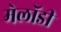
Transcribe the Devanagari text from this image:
मेलॉडी